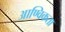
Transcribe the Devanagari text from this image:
आण्विकता